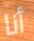
أنا